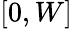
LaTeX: [0,W]